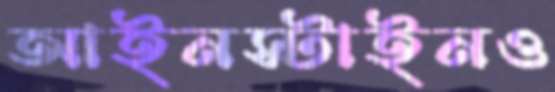
আইনস্টাইনও